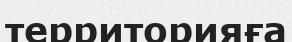
территорияға